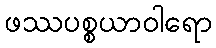
ဖဿပစ္စယာဝါရော